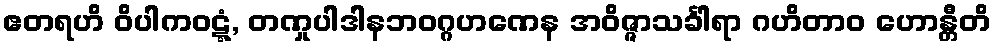
ဧတရဟိ ဝိပါကဝဋ္ဋံ, တဏှုပါဒါနဘဝဂ္ဂဟဏေန အဝိဇ္ဇာသင်္ခါရာ ဂဟိတာဝ ဟောန္တီတိ